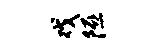
戏隰